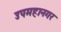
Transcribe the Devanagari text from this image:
उपमहानगर